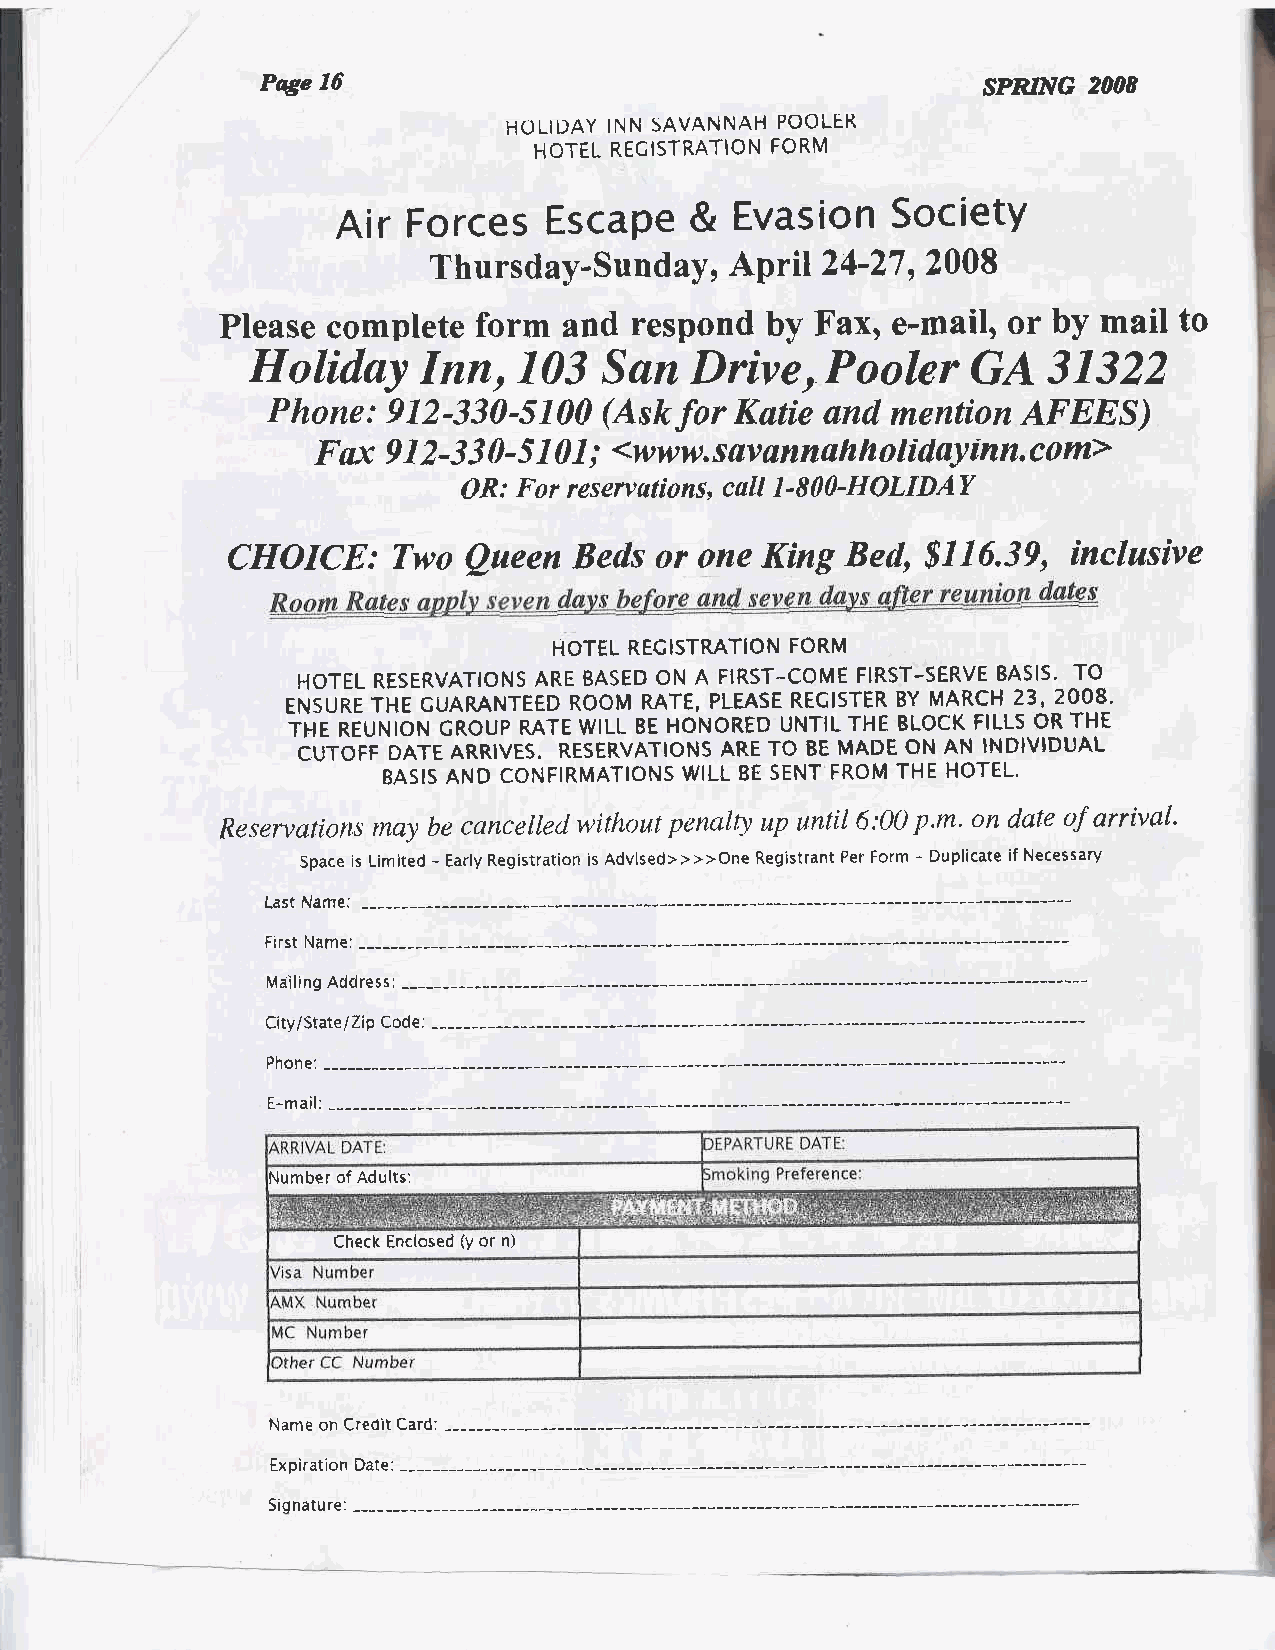
Prye 16                                         SPRING 2OO8
 HOLIDAY INN SAVANNAH POOLER
 HOTEL RECISTRATION FORM
 Air  Forces   Escape    &  Evasion   Society
 Thursday-Sund"y,   April  24-27, 2008
 Please complete  form and  respond  by Fax, e-mail, or by mail to
 Holiday    Inn,  103   San   Drive,   Pooler   GA   31322
 Phone:  912-330-5100  (Ask for Katie and mention  AFEES)
 Faxel2-330-t:!::,#"y,i:::,f
 i:ffhsi:#;"^com>
 CHOICE:    Two         Beds or one King  Bed,  8116.39, inclusive
 Queen
 HOTEL RECISTRATION FORM
 HOTEL RESERVATIONS ARE BASED ON A FIRST-COME FIRST-SERVE BASIS. TO
 ENSURETHE GUARANTEED ROOM RATE, PLEASE REGISTER BY MARCH ?3'2OO8.
 THE REUNION GROUP RATE WILL BE HONORED UNTIL THE BLOCK FILLS OR THE
 CUTOFF DATE ARRIVES. RESERVATIONS ARE TO BE MADE ON AN INDIVIDUAL
 BAS|SANDcoNF|RMAT|oNsw|LLBESENTFRoMTHEHoTEL.
 Reservations may be cancellecl without penaltry up until6:00 p.m. on dute of arrival.
 Space is Limited - Early Registration is Advised>>>>One Registrant Per Form - Duplicate if Necessary
 Last Name:
 First Name:
 Miiiling Address:
 City/StateiZip Code. --------
 Phoner -------
 E-mail:
 Number of Adults:
 Check Enclosed (y or n)
 Name on Credit Card:
 Expiration Date: --------
 qidn2frrrp
 Jrvrrqrur E.